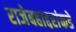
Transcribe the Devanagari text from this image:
राजेबहाद्दरांकडे